Civil Veterinary Dept. Assam report 1927-50 - 1927-1950
Year: 1927
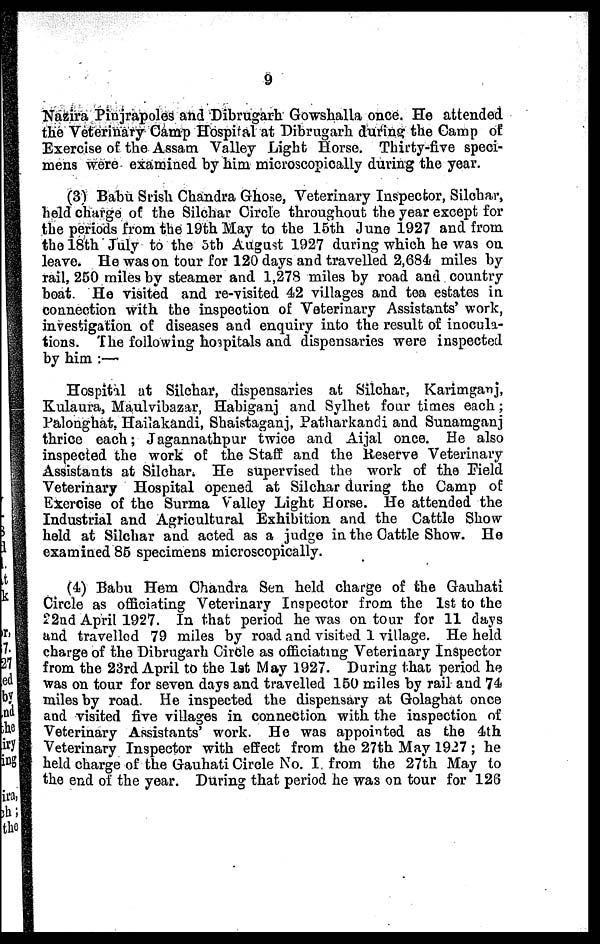
9
Nazira Pinjrapoles and Dibrugarh Gowshalla once. He attended
the Veterinary Gamp Hospital at Dibrugarh during the Camp of
Exercise of the Assam Valley Light Horse. Thirty-five speci-
mens were examined by him microscopically during the year.
(3) Babu Srish Chandra Ghose, Veterinary Inspector, Silchar,
held charge of the Silchar Circle throughout the year except for
the periods from the 19th May to the 15th June 1927 and from
the 18th July to the 5th August 1927 during which he was on
leave. He was on tour for 120 days and travelled 2,684 miles by
rail, 250 miles by steamer and 1,278 miles by road and country
boat. He visited and re-visited 42 villages and tea estates in
connection with the inspection of Veterinary Assistants' work,
investigation of diseases and enquiry into the result of inocula-
tions. The following hoipitals and dispensaries were inspected
by him :—
Hospital at Silchar, dispensaries at Silchar, Karimganj,
Kulaura, Maulvibazar, Habiganj and Sylhet four times each ;
Palonghat, Hailakandi, Shaistaganj, Patharkandi and Sunamganj
thrice each; Jagannathpur twice and Aijal once. He also
inspected the work of the Staff and the Reserve Veterinary
Assistants at Silchar. He supervised the work of the Field
Veterinary Hospital opened at Silchar during the Camp of
Exercise of the Surma Valley Light Horse. He attended the
Industrial and Agricultural Exhibition and the Cattle Show
held at Silchar and acted as a judge in the Cattle Show. He
examined 85 specimens microscopically.
(4) Babu Hem Chandra Sen held charge of the Gauhati
Circle as officiating Veterinary Inspector from the 1st to the
22nd April 1927. In that period he was on tour for 11 days
and travelled 79 miles by road and visited 1 village. He held
charge of the Dibrugarh Circle as officiating Veterinary Inspector
from the 23rd April to the 1st May 1927. During that period he
was on tour for seven days and travelled 150 miles by rail and 74
miles by road. He inspected the dispensary at Golaghat once
and visited five villages in connection with the inspection of
Veterinary Assistants' work. He was appointed as the 4th
Veterinary Inspector with effect from the 27th May 1927 ; he
held charge of the Gauhati Circle No. I from the 27th May to
the end of the year. During that period he was on tour for 126